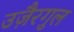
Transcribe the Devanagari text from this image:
उजै़रगुल